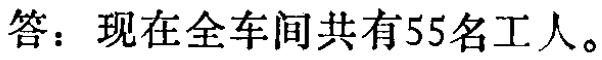
答：现在全车间共有55名工人。